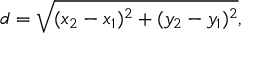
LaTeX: d = { \sqrt { ( x _ { 2 } - x _ { 1 } ) ^ { 2 } + ( y _ { 2 } - y _ { 1 } ) ^ { 2 } } } ,